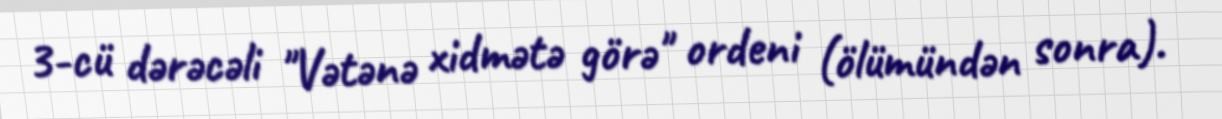
3-cü dərəcəli "Vətənə xidmətə görə" ordeni (ölümündən sonra).